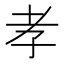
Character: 孝